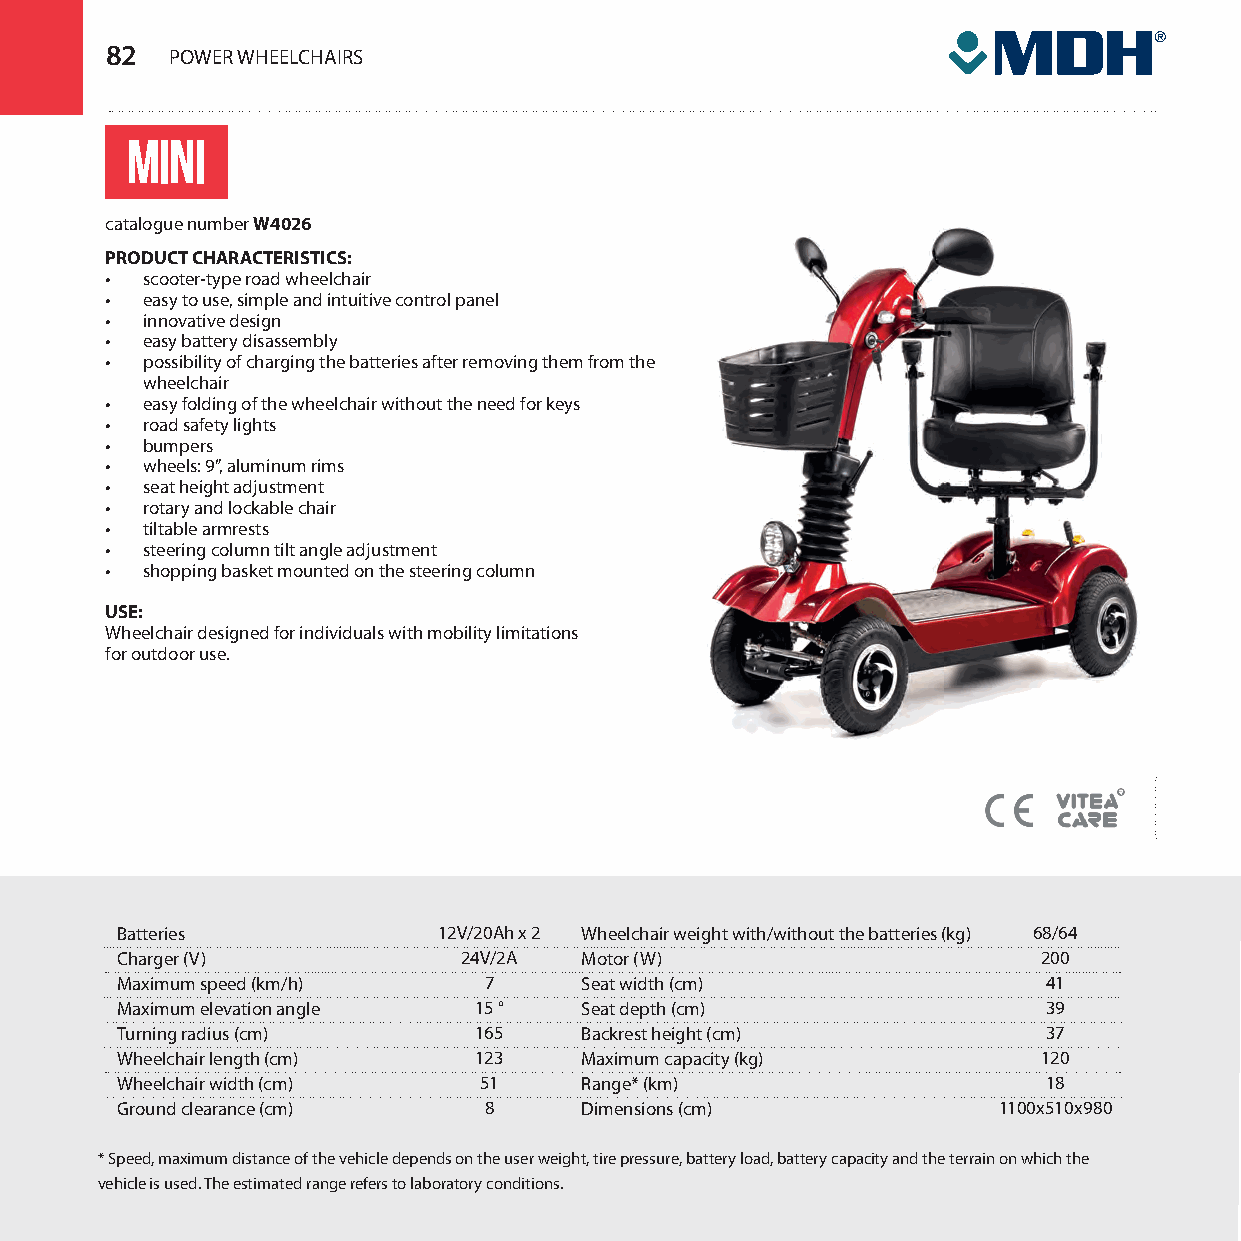
82  POWER WHEELCHAIRS
 MINI
 catalogue number W4026
 PRODUCT CHARACTERISTICS:
 • scooter-type road wheelchair
 • easy to use, simple and intuitive control panel
 • innovative design
 • easy battery disassembly
 • possibility of charging the batteries after removing them from the
 wheelchair
 • easy folding of the wheelchair without the need for keys
 • road safety lights
 • bumpers
 • wheels: 9”, aluminum rims
 • seat height adjustment
 • rotary and lockable chair
 • tiltable armrests
 • steering column tilt angle adjustment
 • shopping basket mounted on the steering column
 USE:
 Wheelchair designed for individuals with mobility limitations
 for outdoor use.
 Batteries            12V/20Ah x 2 Wheelchair weight with/without the batteries (kg) 68/64
 Charger (V)           24V/2A  Motor (W)                      200
 Maximum speed (km/h)    7     Seat width (cm)                41
 Maximum elevation angle 15 °  Seat depth (cm)                39
 Turning radius (cm)    165    Backrest height (cm)           37
 Wheelchair length (cm) 123    Maximum capacity (kg)          120
 Wheelchair width (cm)   51    Range* (km)                    18
 Ground clearance (cm)   8     Dimensions (cm)             1100x510x980
 * Speed, maximum distance of the vehicle depends on the user weight, tire pressure, battery load, battery capacity and the terrain on which the
 vehicle is used. The estimated range refers to laboratory conditions.